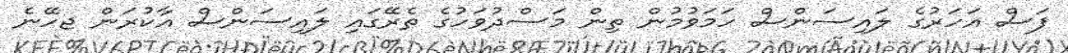
ފަސް އަހަރުގެ ލައިސަންސް ހަމަވުމުން ތިން މަސްދުވަހުގެ ތެރޭގައި ލައިސަންސް އާކުރަން ޖހޭނެ